Leaving Certificate Examination (including Day School Certificate (Higher) General paper), 1936
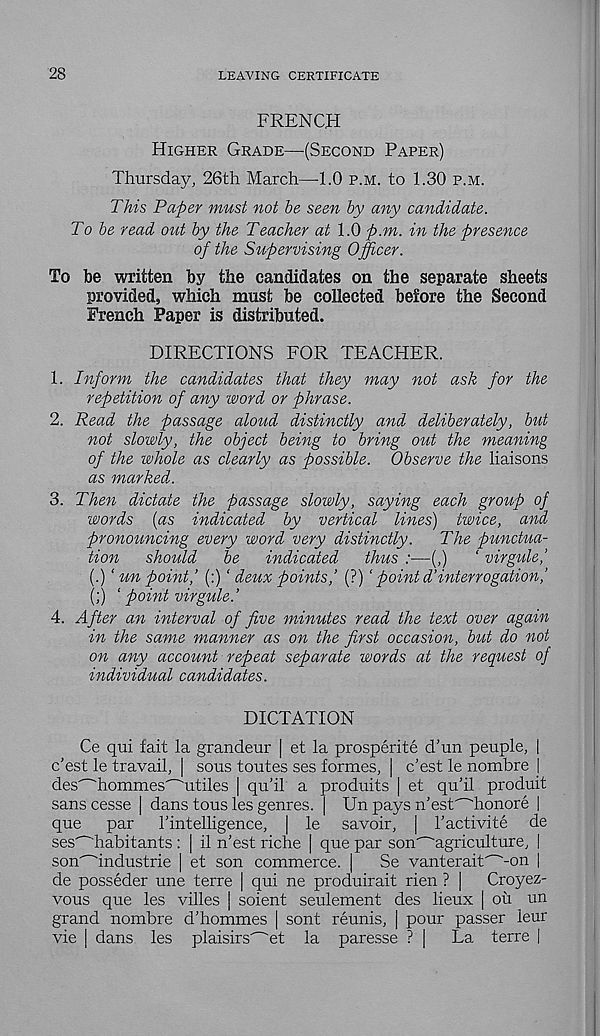
28
LEAVING CERTIFICATE
FRENCH
HIGHER GRADE—(SECOND PAPER)
Thursday, 26th March—1.0 P.M. to 1.30 P.M.
This Paper must not be seen by any candidate.
To be read out by the Teacher at 1.0 p.m. in the presence
of the Supervising Officer.
To be written by the candidates on the separate sheets
provided, which must be collected before the Second
French Paper is distributed.
DIRECTIONS FOR TEACHER.
1. Inform the candidates that they may not ask for the
repetition of any word or phrase.
2. Read the passage aloud distinctly and deliberately, but
not slowly, the object being to bring out the meaning
of the whole as clearly as possible. Observe the liaisons
as marked.
3. Then dictate the passage slowly, saying each group of
words (as indicated by vertical lines) twice, and
pronouncing every word very distinctly. The punctua-
tion should be indicated thus :—(,) ‘ virgule,’
(.) ‘ «« point,’ (:)' deux points,’ (?) ‘ point d’interrogation,’
(;) ‘ point virgule.’
4. After an interval of five minutes read the text over again
in the same manner as on the first occasion, but do not
on any account repeat separate words at the request of
individual candidates.
DICTATION
Ce qui fait la grandeur | et la prosperite d’un peuple, |
c'est le travail, | sous toutes ses formes, | c’est le nombre [
des'~'hommes'""utiles | qu'il a produits | et qu’il produit
sans cesse | dans tous les genres. | Un pays n’est^honore |
que par I’intelligence, | le savoir, | I’activite de
ses^habitants : | il n'est riche | que par son'~'agriculture, |
son' - 'industrie | et son commerce. | Se vanterait"^-on |
de posseder une terre | qui ne produirait rien ? | Croyez-
vous que les villes | soient seulement des lieux | ou un
grand nombre d’hommes | sont reunis, | pour passer leur
vie | dans les plaisirs^et la paresse ? | La terre |